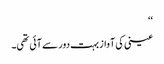
‘‘
عینی کی آواز بہت دور سے آئی تھی۔